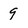
Character: 9